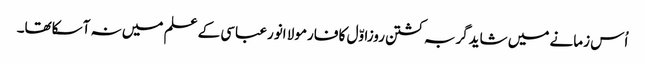
اُس زمانے میں شایدگربہ کشتن روزاوّل کا فارمولا انورعباسی کے علم میں نہ آسکاتھا۔